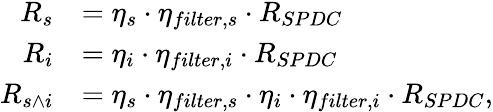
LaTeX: \begin{array}{rl}{R_{s}}&{=\eta_{s}\cdot\eta_{filter,s}\cdot R_{SPDC}}\\ {R_{i}}&{=\eta_{i}\cdot\eta_{filter,i}\cdot R_{SPDC}}\\ {R_{s\wedge i}}&{=\eta_{s}\cdot\eta_{filter,s}\cdot\eta_{i}\cdot\eta_{filter,i}\cdot R_{SPDC},}\end{array}